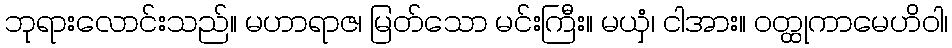
ဘုရားလောင်းသည်။ မဟာရာဇ၊ မြတ်သော မင်းကြီး။ မယှံ၊ ငါအား။ ဝတ္ထုကာမေဟိဝါ၊